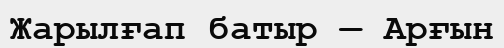
Жарылғап батыр — Арғын